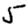
Digit: 5